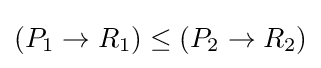
(P_{1}\rightarrow R_{1})\leq (P_{2}\rightarrow R_{2})